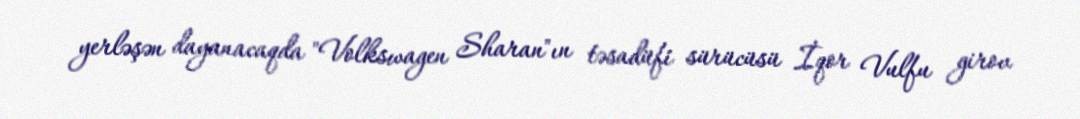
yerləşən dayanacaqda "Volkswagen Sharan"ın təsadüfi sürücüsü İqor Vulfu girov